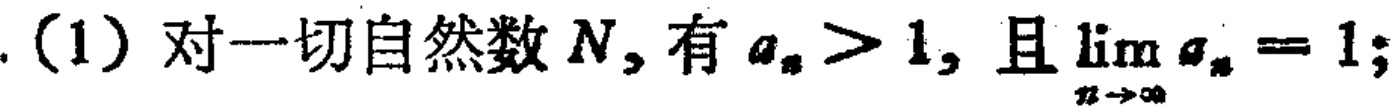
(1) 对一切自然数 \(N\), 有 \(a_{n}>1\), 且 \(\lim_{n \to \infty} a_{n}=1\);